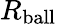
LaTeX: R_{\mathrm{ball}}